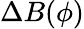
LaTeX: \Delta B(\phi)